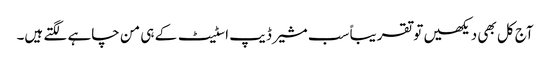
آج کل بھی دیکھیں تو تقریباً سب مشیر ڈیپ اسٹیٹ کے ہی من چاہے لگتے ہیں۔